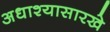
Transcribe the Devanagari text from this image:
अधाश्यासारखे